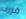
قررت